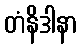
တံနိဒါနာ